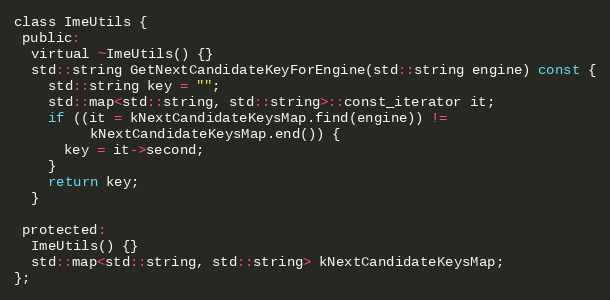
Language: C
class ImeUtils {
 public:
  virtual ~ImeUtils() {}
  std::string GetNextCandidateKeyForEngine(std::string engine) const {
    std::string key = "";
    std::map<std::string, std::string>::const_iterator it;
    if ((it = kNextCandidateKeysMap.find(engine)) !=
         kNextCandidateKeysMap.end()) {
      key = it->second;
    }
    return key;
  }

 protected:
  ImeUtils() {}
  std::map<std::string, std::string> kNextCandidateKeysMap;
};